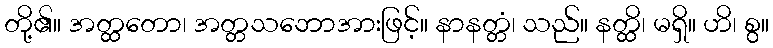
တို့၏။ အတ္ထတော၊ အတ္တသဘောအားဖြင့်။ နာနတ္တံ၊ သည်။ နတ္ထိ၊ မရှိ။ ဟိ၊ စွ။